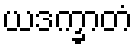
ယဒက္ခာတံ